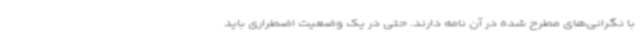
با نگرانی‌های مطرح شده در آن نامه دارند. حتی در یک وضعیت اضطراری باید